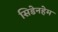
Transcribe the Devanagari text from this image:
सिडेनहेम